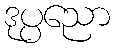
ဒုပ္ပညော